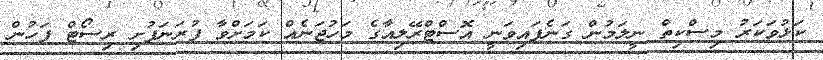
ކަޅުވަކަރު މިސްކިތް ނީލަމުން ގަނެފައިވަނީ އޮސްޓްރޭލިއާގެ މަހުޖަނެއް ކަމަށްވާ ފުރަނަފުށި ރިސޯޓް ފަހުން